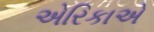
એરિકાએ